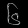
Digit: ၆